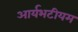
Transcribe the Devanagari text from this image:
आर्यभटीयम